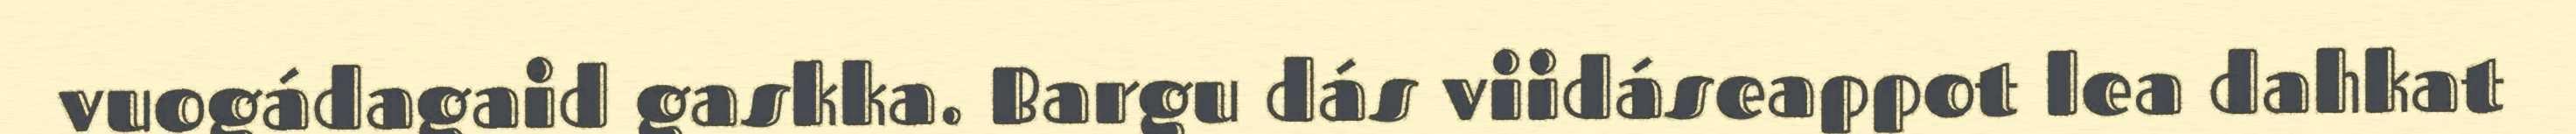
vuogádagaid gaskka. Bargu dás viidáseappot lea dahkat